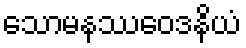
သောမနဿဝေဒနိယံ